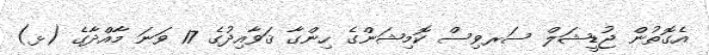
އެގޮތުން ޖުޑީޝަލް ސަރވިސް ކޮމިޝަންގެ ހިންގާ ޤަވާއިދުގެ 17 ވަނަ މާއްދާގެ (ޅ)